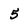
Character: 5